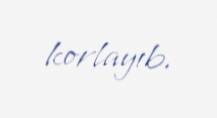
korlayıb.